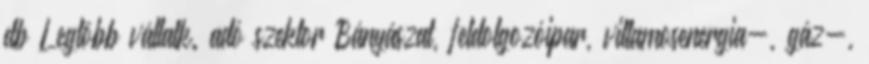
db Legtöbb vállalk. adó szektor Bányászat, feldolgozóipar, villamosenergia-, gáz-,